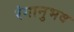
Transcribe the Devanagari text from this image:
रंगानुभव